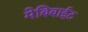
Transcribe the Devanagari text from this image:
मेबिबाईट